Medical and sanitary report of the native army of Bengal for the year
Year: 1874
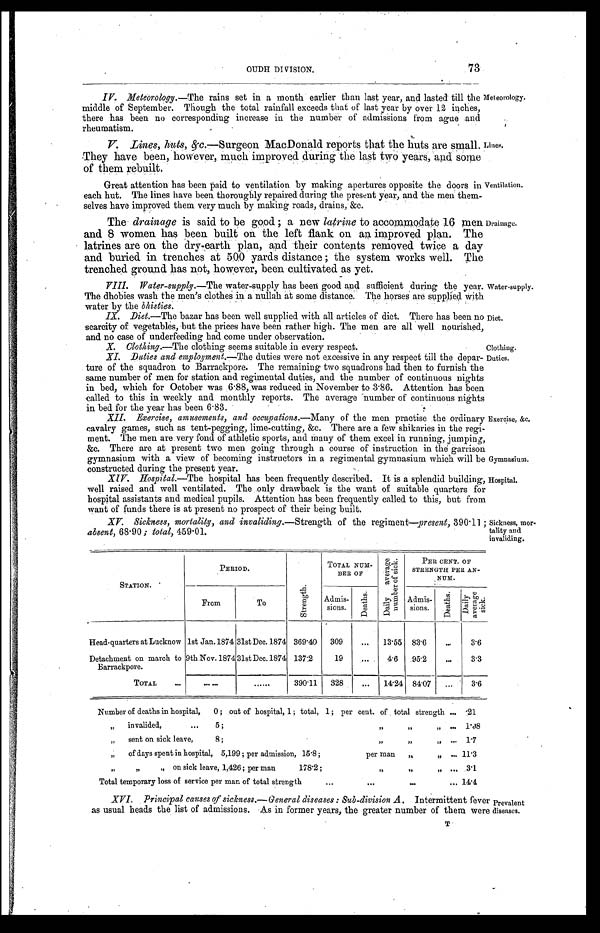
Water-supply.
Diet.
73
OUDH DIVISION.
IV. Meteorology.— The rains set in a month earlier than last year, and lasted till the
middle of September. Though the total rainfall exceeds that of last year by over 12 inches,
there has been no corresponding increase in the number of admissions from ague and
rheumatism.
V. Lines, huts, &c.— Surgeon MacDonald reports that the huts are small,
They have been, however, much improved during the last two years, and some
of them rebuilt.
Great attention has been paid to ventilation by making apertures opposite the doors in
each hut. The lines have been thoroughly repaired during the present year, and the men them
-
selves have improved them very much by making roads, drains, &c.
The drainage is said to be good; a new latrine to accommodate 16 men
and 8 women has been built on the left flank on an improved plan. The
latrines are on the dry-earth plan, and their contents removed twice a day
and buried in trenches at 500 yards distance; the system works well. The
trenched ground has not, however, been cultivated as yet.
Meteorology.
Lines.
Ventilation.
Drainage.
VIII. Water-supply.— The water-supply has been good and sufficient during the year.
The dhobies wash the men's clothes in a nullah at some distance. The horses are supplied with
water by the blisties.
IX. Diet.— The bazar has been well supplied with all articles of diet. There has been no
scarcity of vegetables, but the prices have been rather high. The men are all well nourished,
and no case of underfeeding had come under observation.
X. Clothing.— The clothing seems suitable in every respect.
Clothing.
XI. Duties and employment.— The duties were not excessive in any respect till the depar
-
ture of the squadron to Barrackpore. The remaining two squadrons had then to furnish the
same number of men for station and regimental duties, and the number of continuous nights
in bed, which for October was 6.88, was reduced in November to 3.86. Attention has been
called to this in weekly and monthly reports. The average number of continuous nights
in bed for the year has been 6.83.
XII. Exercise, amusements, and occupations.— Many of the men practise the ordinary
cavalry games, such as tent-pegging, lime-cutting, &c. There are a few shikaries in the regi
-
ment. The men are very fond of athletic sports, and many of them excel in running, jumping,
&c. There are at present two men going through a course of instruction in the garrison
gymnasium with a view of becoming instructors in a regimental gymnasium which will be
constructed during the present year.
XIV. Hospital.— The hospital has been frequently described. It is a splendid building,
well raised and well ventilated. The only drawback is the want of suitable quarters for
hospital assistants and medical pupils. Attention has been frequently called to this, but from
want of funds there is at present no prospect of their being built.
XV. Sickness, mortality, and invaliding.— Strength of the regiment—present, 390.11;
absent, 68.90; total, 459.01.
Duties.
Exercise, &c.
Gymnasium.
Hospital.
Sickness, mor
-
tality and
invaliding.
STATION.
PERIOD.
S t r e n g t h .
TOTAL
NUM-BER OF
D a i l y a v e r a g e n u m b e r o f s i c k .
PER CENT. OF
STRENGTH PER AN-
N U M .
From
To
Admis-
sions.
D e a t h s .
Admis-
sions.
D e a t h s .
D a i l y a v e r a g e s i c k .
Head-quarters at Lucknow 1st Jan. 1874 31st Dec. 1874 369.40
309
. . .
13.55
83.6
. . .
3.6
Detachment on march to
Barrackpore.
9th Nov. 1874 31st Dec. 1874 137.2
19
. . .
4.6
95.2
. . .
3.3
TOTAL . . .
. . .
. . .
390.11
328
. . .
14.24
84.07
. . . 3.6
Number of deaths in hospital, 0 ; out of hospital, 1; total, 1;
per cent. of total strength . . . .21
" invalided, . . . 5;""" . . .
1.08
" sent on sick leave, 8; " " " . . .
1.7
" of days spent in hospital, 5,199; per admission, 15.8; per man " " . . . 11.3
" " " on sick leave, 1,426; per man 178.2; " " " . . . 3.1
Tot al t emporary l oss of servi ce per man of t ot al st rengt h . . .
14.4
XVI. Principal causes of sickness.—General diseases: Sub-division A. Intermittent fever
as usual heads the list of admissions. As in former years, the greater number of them were
Prevalent
diseases.